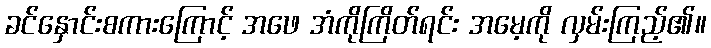
ခင်နှောင်းစကားကြောင့် အဖေ အံကိုကြိတ်ရင်း အမေ့ကို လှမ်းကြည့်၏။